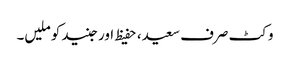
وکٹ صرف سعید، حفیظ اور جنید کو ملیں۔